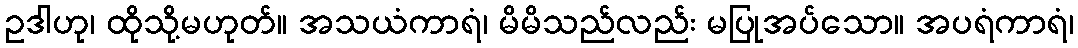
ဥဒါဟု၊ ထိုသို့မဟုတ်။ အသယံကာရံ၊ မိမိသည်လည်း မပြုအပ်သော။ အပရံကာရံ၊